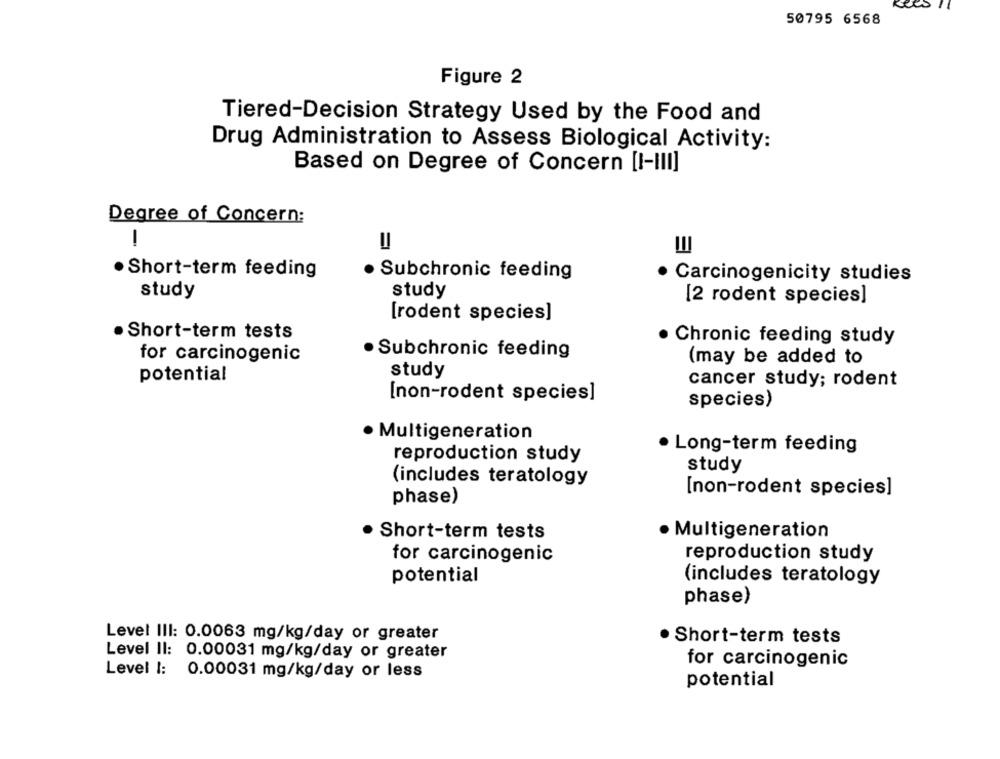
50795 6568
Figure 2
Tiered-Decision Strategy Used by the Food and
Drug Administration to Assess Biological Activity:
Based on Degree of Concern [I-III]
Degree of Concern:
1
=
=
·Short-term feeding
Subchronic feeding
Carcinogenicity studies
study
study
[2 rodent species]
[rodent species]
Short-term tests
Chronic feeding study
for carcinogenic
Subchronic feeding
(may be added to
potential
study
cancer study; rodent
[non-rodent species]
species)
· Multigeneration
· Long-term feeding
reproduction study
study
(includes teratology
[non-rodent species]
phase)
Short-term tests
· Multigeneration
for carcinogenic
reproduction study
potential
(includes teratology
phase)
Level III: 0.0063 mg/kg/day or greater
· Short-term tests
Level II: 0.00031 mg/kg/day or greater
for carcinogenic
Level 1: 0.00031 mg/kg/day or less
potential